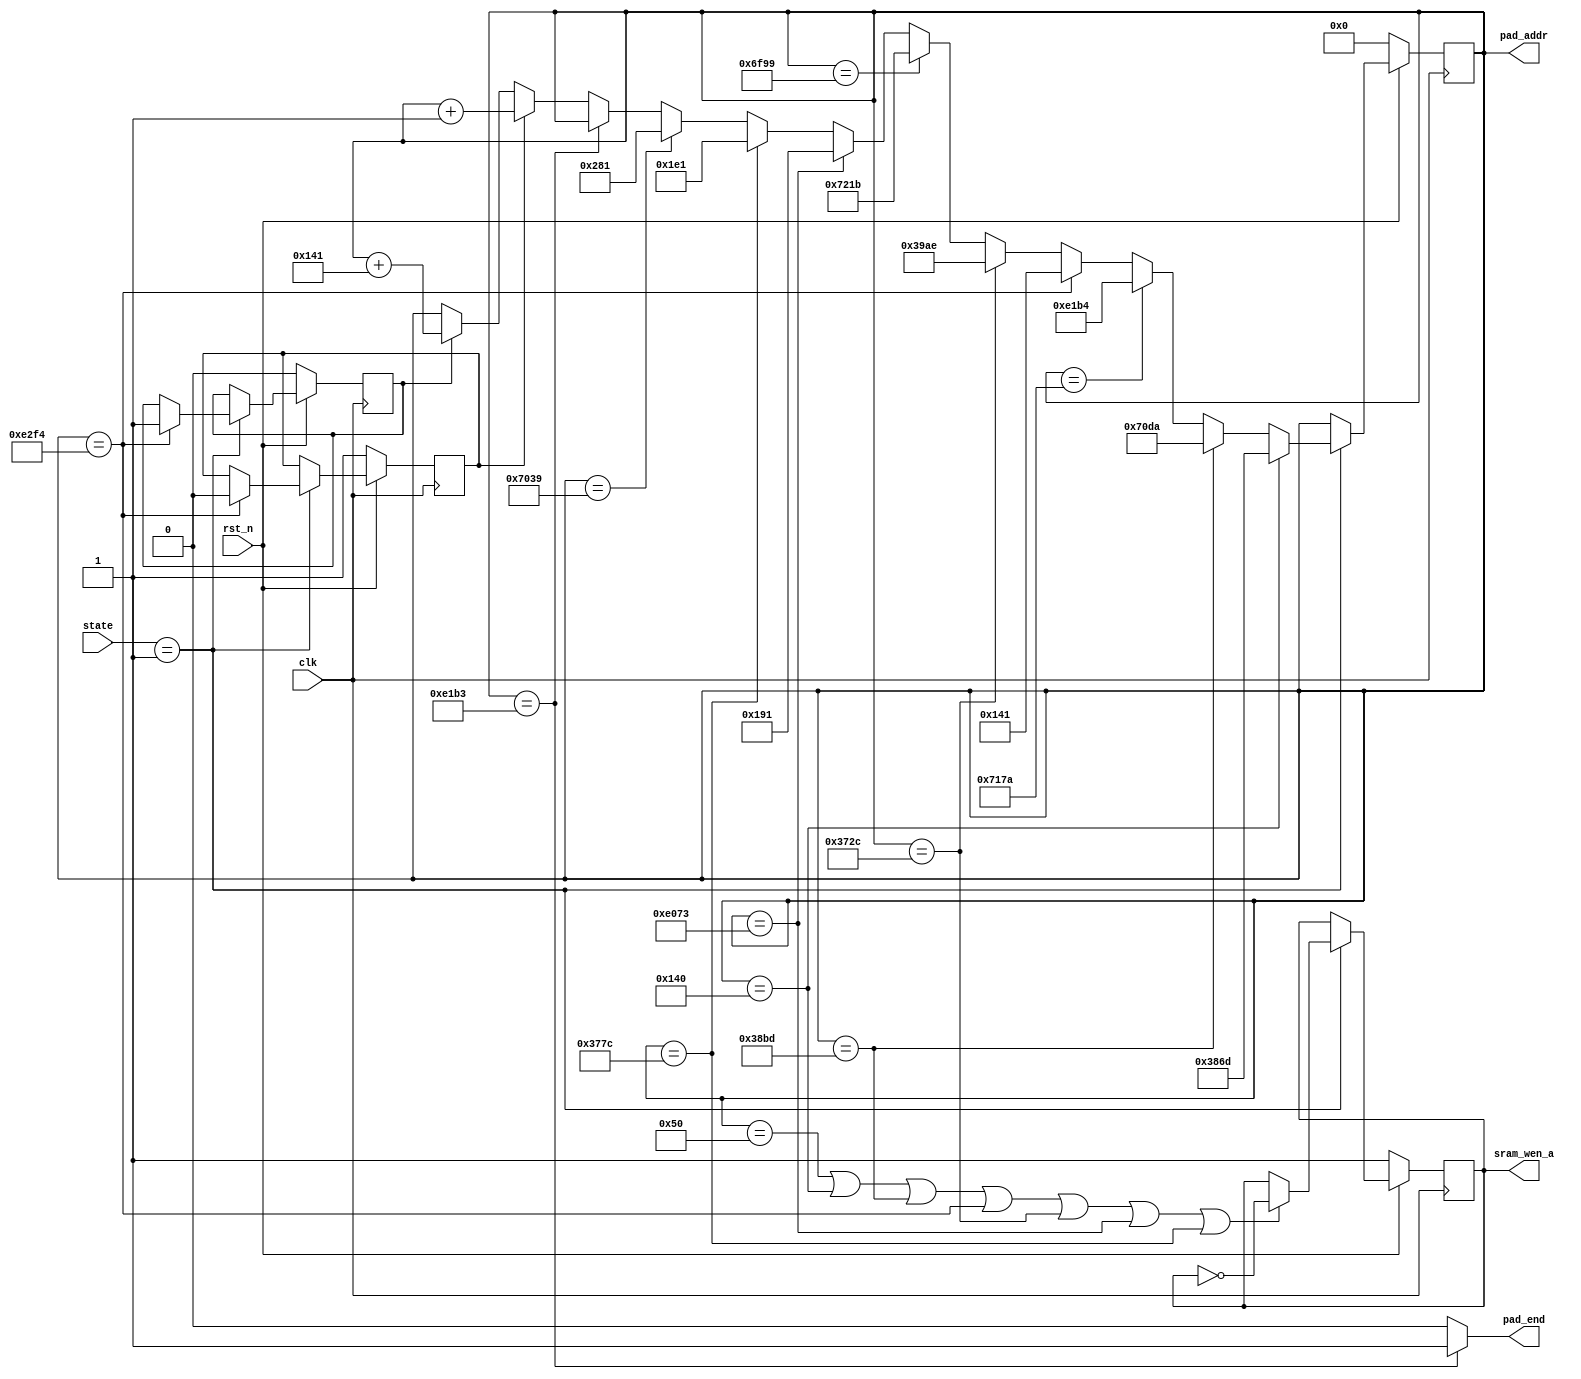
module padding_addr_ctl(
    input clk,
    input rst_n,
    input [3:0] state,
    output reg [15:0] pad_addr,
    output reg pad_end,
    output reg sram_wen_a
);

parameter IDLE = 0, PADDING = 1;
reg [15:0] temp_pad_addr;
reg temp_row_pad, row_pad;
reg temp_col_pad, col_pad;
reg temp_sram_wen_a;

//pad_addr ctl
always@*  begin
    if(state==PADDING)  begin
        //jump addr
        if(pad_addr==320)
            temp_pad_addr = 14445;
        else if(pad_addr==14525)
            temp_pad_addr = 28890;
        else if(pad_addr==29050)
            temp_pad_addr = 57780;
        else if(pad_addr==58100)
            temp_pad_addr = 321;
        else if(pad_addr==14124)
            temp_pad_addr = 14766;
        else if(pad_addr==28569)
            temp_pad_addr = 29211;
        else if(pad_addr==57459)
            temp_pad_addr = 401;
        else if(pad_addr==14204)
            temp_pad_addr = 481;
        else if(pad_addr==28729)
            temp_pad_addr = 641;
        //last one
        else if(pad_addr==57779)
            temp_pad_addr = pad_addr;
        //regulate change
        else if(row_pad==1)
            temp_pad_addr = pad_addr + 1;
        else if(col_pad==1)
            temp_pad_addr = pad_addr + 321;
        else
            temp_pad_addr = pad_addr;
    end
    else  begin
        temp_pad_addr = pad_addr;
    end
end

//sram_wen_a ctl
always@*  begin
    if(state==PADDING)  begin
        if(pad_addr==80 || pad_addr==320 || pad_addr==14525 || pad_addr==58100 || pad_addr==14124 || pad_addr==57459 || pad_addr==14204)  begin
            temp_sram_wen_a = ~sram_wen_a;
        end
        else  begin
            temp_sram_wen_a = sram_wen_a;
        end
    end
    else  begin
        temp_sram_wen_a = sram_wen_a;
    end
end

//row_pad or col_pad ctl
always@*  begin
    if(state==PADDING)  begin
        if(pad_addr==58100)  begin
            temp_row_pad = 0;
            temp_col_pad = 1;
        end
        else  begin
            temp_row_pad = row_pad;
            temp_col_pad = col_pad;
        end
    end
    else  begin
        temp_row_pad = row_pad;
        temp_col_pad = col_pad;
    end
end

//pad_end ctl
always@*  begin
    if(pad_addr==57779)
        pad_end = 1;
    else
        pad_end = 0;
end


always@(posedge clk)  begin
if(~rst_n)  begin
    pad_addr <= 0;
    row_pad <= 1;
    col_pad <= 0;
    sram_wen_a <= 1;
end
else  begin
    pad_addr <= temp_pad_addr;
    row_pad  <= temp_row_pad;
    col_pad  <= temp_col_pad;
    sram_wen_a <= temp_sram_wen_a;
end
end

endmodule